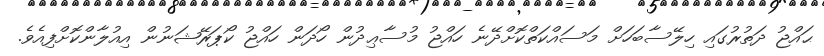
ޙައްޖު ދަތުރުގައި ހިލޭސާބަހަށް މަސައްކަތްކޮށްދޭނެ ހައްޖު މުސާޢިދުން ހޯދަން ހައްޖު ކޯޕަރޭޝަނުން އިއުލާންކޮށްފިއެވެ.